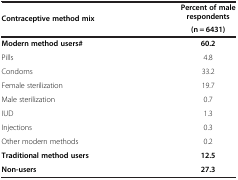
| <ROWSPAN=2> Contraceptive method mix | Percent of male respondents |
 | (n = 6431) |
 | --- | --- |
 | Modern method users# | 60.2 |
 | Pills | 4.8 |
 | Condoms | 33.2 |
 | Female sterilization | 19.7 |
 | Male sterilization | 0.7 |
 | IUD | 1.3 |
 | Injections | 0.3 |
 | Other modern methods | 0.2 |
 | Traditional method users | 12.5 |
 | Non-users | 27.3 |